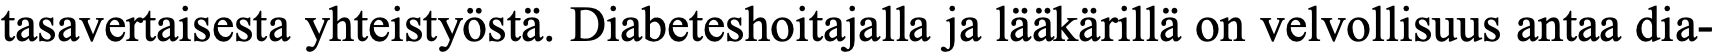
tasavertaisesta yhteistyöstä. Diabeteshoitajalla ja lääkärillä on velvollisuus antaa dia-